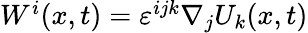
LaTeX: \begin{array}{r}{W^{i}(x,t)=\varepsilon^{ijk}\nabla_{j}U_{k}(x,t)}\end{array}